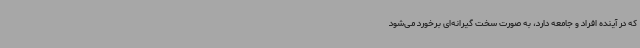
که در آینده افراد و جامعه دارد، به صورت سخت گیرانه‌ای برخورد می‌شود